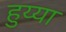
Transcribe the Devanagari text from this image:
हुय्या